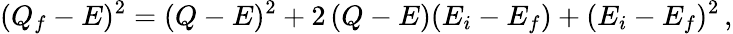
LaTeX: (Q_{f}-E)^{2}=(Q-E)^{2}+2\, (Q-E)(E_{i}-E_{f})+(E_{i}-E_{f})^{2}\, ,